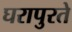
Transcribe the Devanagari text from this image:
घरापुरते